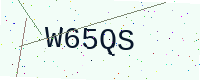
Text: W65QS